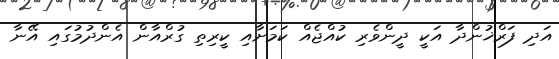
އަދި ފަރްޚުންދާ އަކީ ދީންވެރި ކުއްޖެއް ކަމަށާއި ކީރިތި ގުރްއާން އެންދުމުގައި އޭނާ